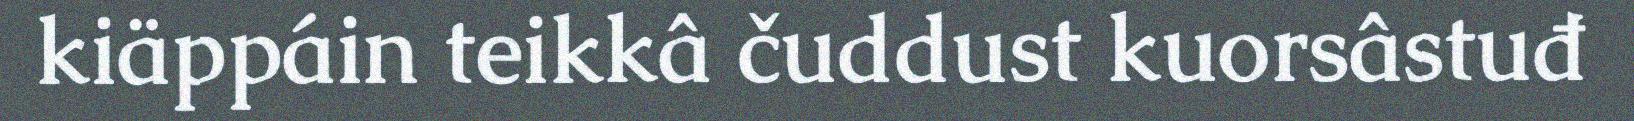
kiäppáin teikkâ čuddust kuorsâstuđ